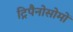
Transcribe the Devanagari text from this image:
ट्रिपैनोसोमों